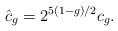
LaTeX: \begin{align*} \hat{c}_g=2^{5(1-g)/2}c_g.\end{align*}